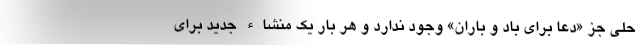
حلی جز «دعا برای باد و باران» وجود ندارد و هر بار یک منشاء جدید برای